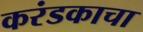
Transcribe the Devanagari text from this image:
करंडकाचा